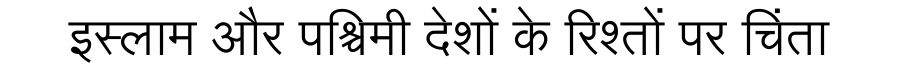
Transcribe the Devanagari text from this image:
इस्लाम और पश्चिमी देशों के रिश्तों पर चिंता